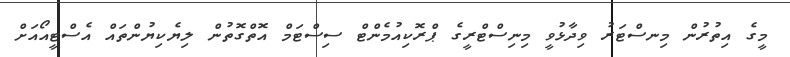
މީގެ އިތުރުން މިނސްޓަރު ވިދާޅުވީ މިނިސްޓްރީގެ ޕްރޮކިއުމެންޓް ސިސްޓަމް އޮތްގޮތުން ލިޔެކިޔުންތައް އެސްޓީއޯއަށް